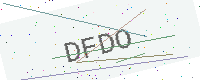
Text: DFDO